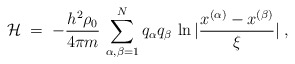
\begin{align*}{\mathcal H}\;=\; - \frac{h^2\rho_0}{4\pi m}\, \sum_{\alpha,\beta=1}^N q_\alpha q_\beta \, \ln |\frac{x^{(\alpha)} - x^{(\beta)}}{\xi}| \;,\end{align*}